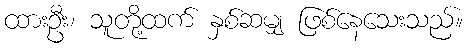
ထားဦး၊ သူတို့ထက် နှစ်ဆမျှ ဖြစ်နေသေးသည်။